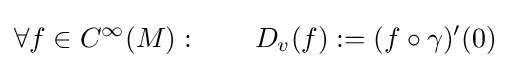
\forall f\in {C^{\infty }}(M):\qquad {D_{v}}(f):=(f\circ \gamma )'(0)